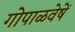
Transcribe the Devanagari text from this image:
गोपाळवेषें